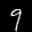
Label: 9